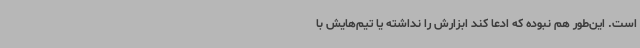
است. این‌طور هم نبوده که ادعا کند ابزارش را نداشته یا تیم‌هایش با